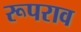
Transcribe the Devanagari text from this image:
रूपराव